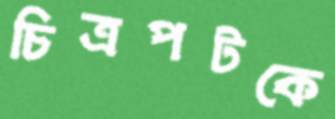
চিত্রপটকে